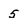
Character: 5